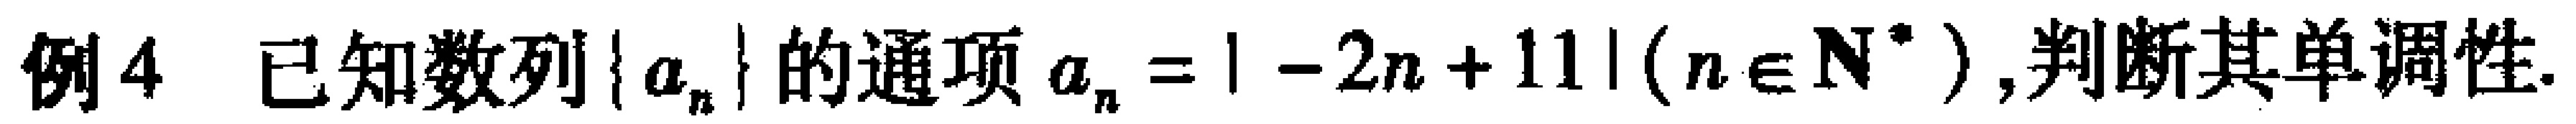
例4 已知数列\(\{ a_{n}\}\)的通项\(a_{n}=| -2n + 11|(n\in \mathbf{N}^{*})\),判断其单调性.